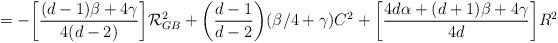
LaTeX: \begin{align*}=-\bigg[\frac{(d-1)\beta+4\gamma}{4(d-2)}\bigg]{\cal R}_{GB}^2+\bigg(\frac{d-1}{d-2}\bigg)(\beta /4+\gamma)C^2+\bigg[\frac{4d\alpha+(d+1)\beta+4\gamma}{4d}\bigg]R^2\end{align*}